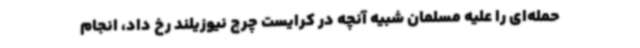
حمله‌ای را علیه مسلمان شبیه آنچه در کرایست چرچ نیوزیلند رخ داد، انجام